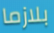
بلازما